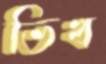
ভিখ